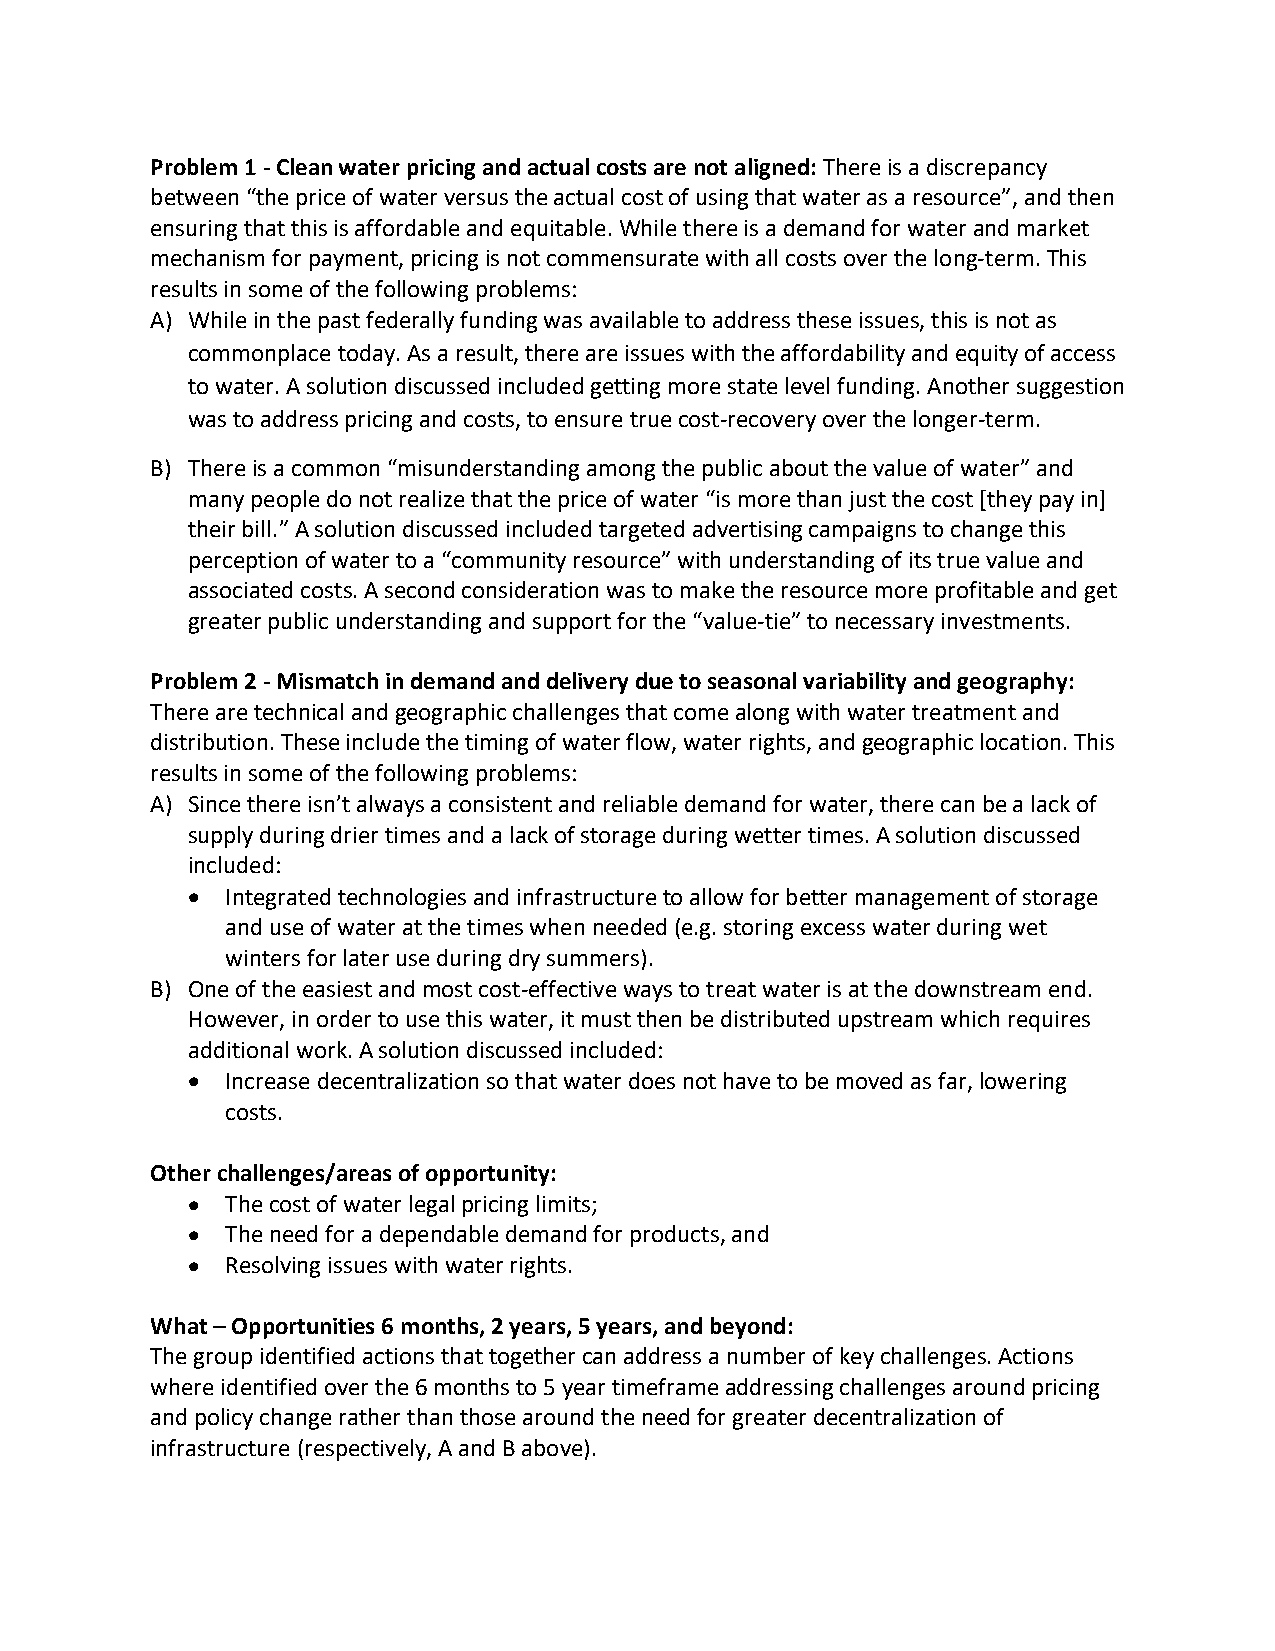
Problem 1 - Clean water pricing and actual costs are not aligned: There is a discrepancy
 between “the price of water versus the actual cost of using that water as a resource”, and then
 ensuring that this is affordable and equitable. While there is a demand for water and market
 mechanism for payment, pricing is not commensurate with all costs over the long-term. This
 results in some of the following problems:
 A) While in the past federally funding was available to address these issues, this is not as
 commonplace today. As a result, there are issues with the affordability and equity of access
 to water. A solution discussed included getting more state level funding. Another suggestion
 was to address pricing and costs, to ensure true cost-recovery over the longer-term.
 B) There is a common “misunderstanding among the public about the value of water” and
 many people do not realize that the price of water “is more than just the cost [they pay in]
 their bill.” A solution discussed included targeted advertising campaigns to change this
 perception of water to a “community resource” with understanding of its true value and
 associated costs. A second consideration was to make the resource more profitable and get
 greater public understanding and support for the “value-tie” to necessary investments.
 Problem 2 - Mismatch in demand and delivery due to seasonal variability and geography:
 There are technical and geographic challenges that come along with water treatment and
 distribution. These include the timing of water flow, water rights, and geographic location. This
 results in some of the following problems:
 A) Since there isn’t always a consistent and reliable demand for water, there can be a lack of
 supply during drier times and a lack of storage during wetter times. A solution discussed
 included:
 •  Integrated technologies and infrastructure to allow for better management of storage
 and use of water at the times when needed (e.g. storing excess water during wet
 winters for later use during dry summers).
 B) One of the easiest and most cost-effective ways to treat water is at the downstream end.
 However, in order to use this water, it must then be distributed upstream which requires
 additional work. A solution discussed included:
 •  Increase decentralization so that water does not have to be moved as far, lowering
 costs.
 Other challenges/areas of opportunity:
 •  The cost of water legal pricing limits;
 •  The need for a dependable demand for products, and
 •  Resolving issues with water rights.
 What – Opportunities 6 months, 2 years, 5 years, and beyond:
 The group identified actions that together can address a number of key challenges. Actions
 where identified over the 6 months to 5 year timeframe addressing challenges around pricing
 and policy change rather than those around the need for greater decentralization of
 infrastructure (respectively, A and B above).